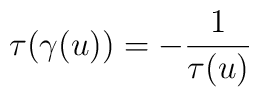
\tau(\gamma(u)) = -\frac{1}{\tau(u)}